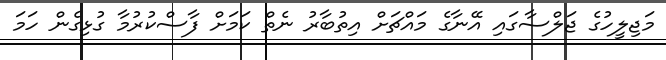
މަޖިލީހުގެ ޖަލްސާގައި އޭނާގެ މައްޗަށް އިތުބާރު ނެތް ކަމަށް ފާސްކުރުމާ ގުޅިގެން ހަމަ